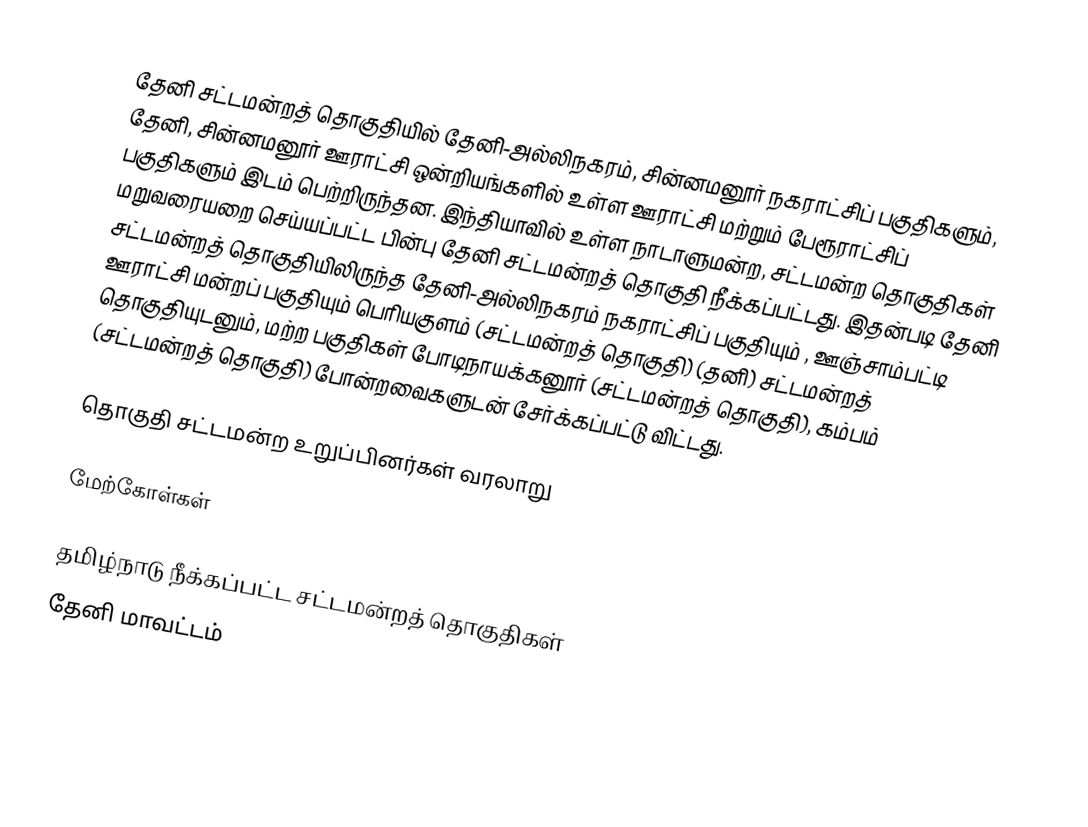
தேனி சட்டமன்றத் தொகுதியில் தேனி-அல்லிநகரம், சின்னமனூர் நகராட்சிப் பகுதிகளும், தேனி, சின்னமனூர் ஊராட்சி ஒன்றியங்களில் உள்ள ஊராட்சி மற்றும் பேரூராட்சிப் பகுதிகளும் இடம் பெற்றிருந்தன. இந்தியாவில் உள்ள நாடாளுமன்ற, சட்டமன்ற தொகுதிகள் மறுவரையறை செய்யப்பட்ட பின்பு தேனி சட்டமன்றத் தொகுதி நீக்கப்பட்டது. இதன்படி தேனி சட்டமன்றத் தொகுதியிலிருந்த தேனி-அல்லிநகரம் நகராட்சிப் பகுதியும் , ஊஞ்சாம்பட்டி ஊராட்சி மன்றப் பகுதியும் பெரியகுளம் (சட்டமன்றத் தொகுதி) (தனி) சட்டமன்றத் தொகுதியுடனும், மற்ற பகுதிகள் போடிநாயக்கனூர் (சட்டமன்றத் தொகுதி), கம்பம் (சட்டமன்றத் தொகுதி) போன்றவைகளுடன்  சேர்க்கப்பட்டு விட்டது.

தொகுதி சட்டமன்ற உறுப்பினர்கள் வரலாறு

மேற்கோள்கள்

தமிழ்நாடு நீக்கப்பட்ட சட்டமன்றத் தொகுதிகள்
தேனி மாவட்டம்